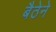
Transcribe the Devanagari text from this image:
बैठेने